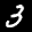
Label: 3